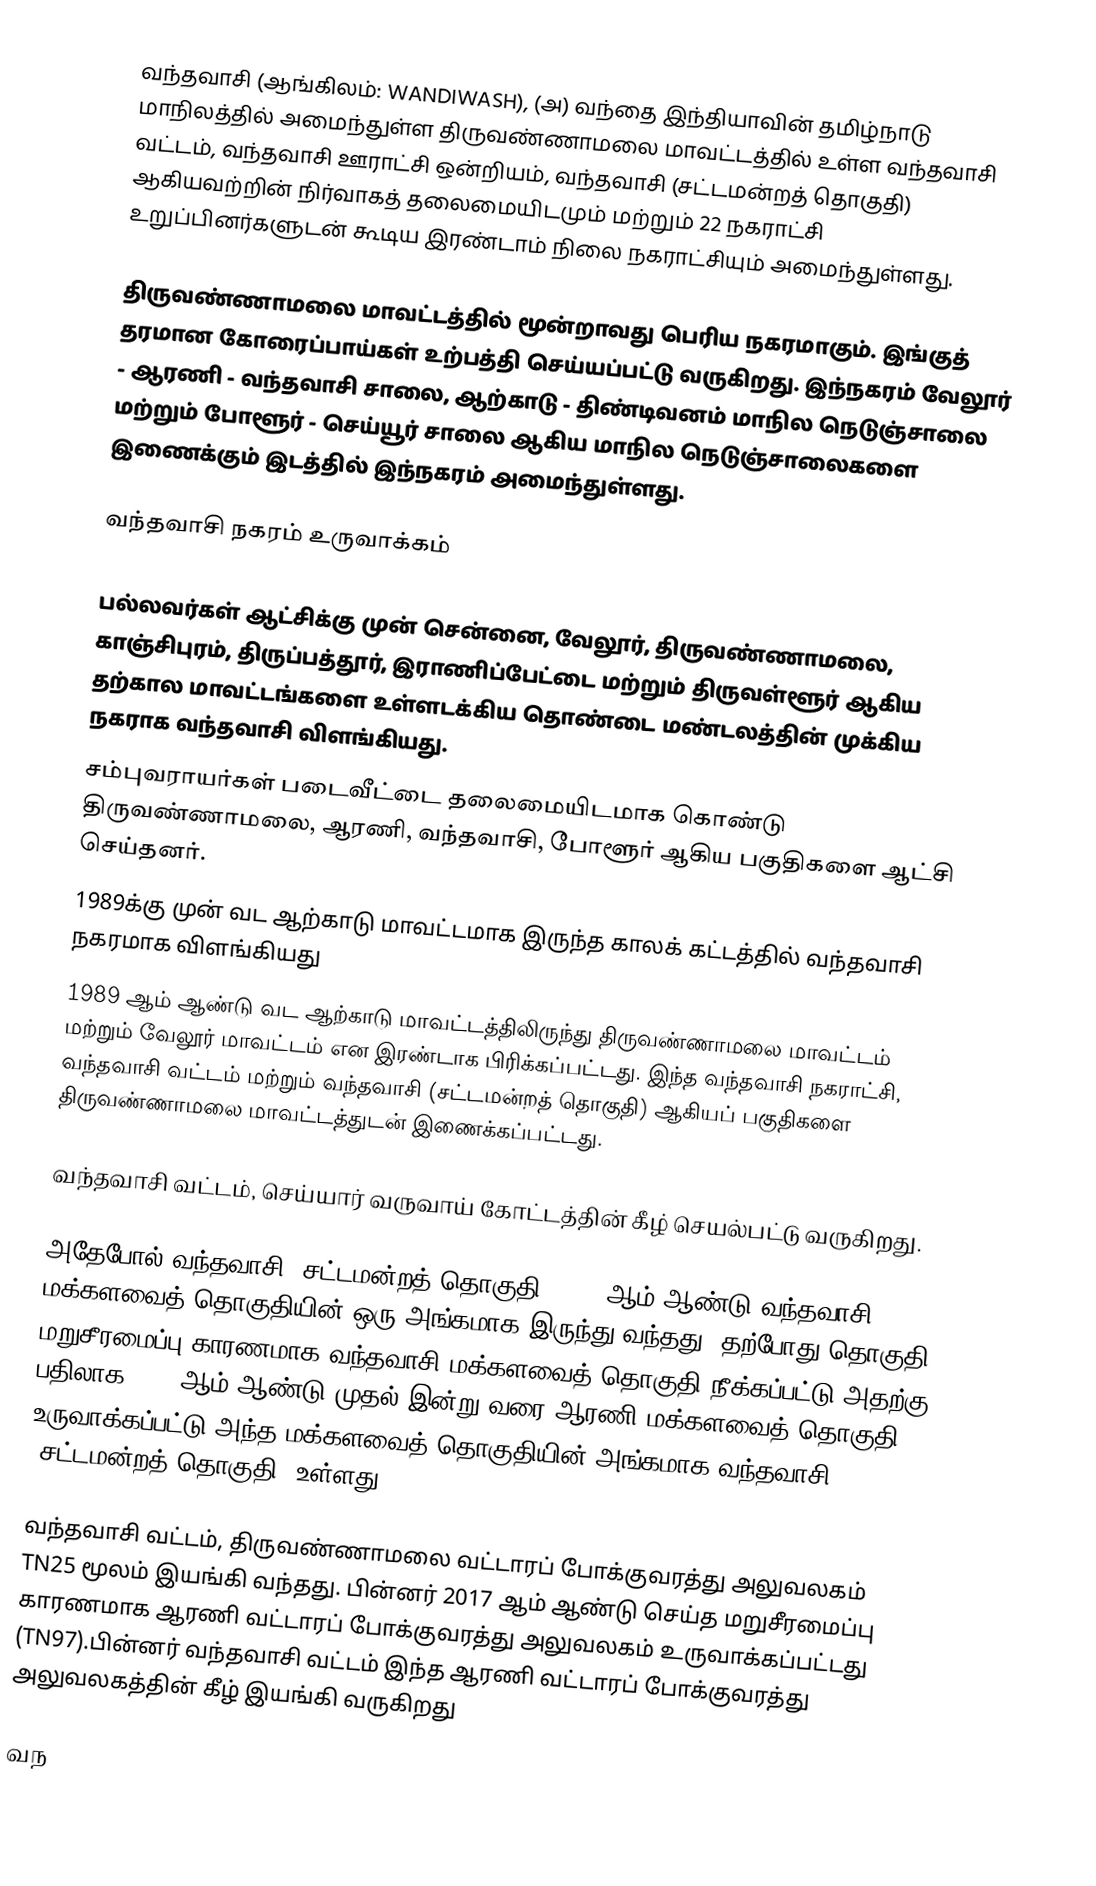
வந்தவாசி (ஆங்கிலம்: WANDIWASH), (அ) வந்தை இந்தியாவின் தமிழ்நாடு மாநிலத்தில் அமைந்துள்ள திருவண்ணாமலை மாவட்டத்தில் உள்ள வந்தவாசி வட்டம், வந்தவாசி ஊராட்சி ஒன்றியம், வந்தவாசி (சட்டமன்றத் தொகுதி) ஆகியவற்றின் நிர்வாகத் தலைமையிடமும் மற்றும் 22 நகராட்சி உறுப்பினர்களுடன் கூடிய இரண்டாம் நிலை நகராட்சியும் அமைந்துள்ளது.

திருவண்ணாமலை மாவட்டத்தில் மூன்றாவது பெரிய நகரமாகும். இங்குத் தரமான கோரைப்பாய்கள் உற்பத்தி செய்யப்பட்டு வருகிறது. இந்நகரம் வேலூர் - ஆரணி - வந்தவாசி சாலை, ஆற்காடு - திண்டிவனம் மாநில நெடுஞ்சாலை மற்றும் போளூர் - செய்யூர் சாலை ஆகிய மாநில நெடுஞ்சாலைகளை இணைக்கும் இடத்தில் இந்நகரம் அமைந்துள்ளது.

வந்தவாசி நகரம் உருவாக்கம்

 பல்லவர்கள் ஆட்சிக்கு முன் சென்னை, வேலூர், திருவண்ணாமலை, காஞ்சிபுரம், திருப்பத்தூர், இராணிப்பேட்டை மற்றும் திருவள்ளூர் ஆகிய தற்கால மாவட்டங்களை உள்ளடக்கிய தொண்டை மண்டலத்தின் முக்கிய நகராக வந்தவாசி விளங்கியது.
 சம்புவராயர்கள் படைவீட்டை தலைமையிடமாக கொண்டு திருவண்ணாமலை, ஆரணி, வந்தவாசி, போளூர் ஆகிய பகுதிகளை ஆட்சி செய்தனர்.
 1989க்கு முன் வட ஆற்காடு மாவட்டமாக இருந்த காலக் கட்டத்தில் வந்தவாசி நகரமாக விளங்கியது
 1989 ஆம் ஆண்டு வட ஆற்காடு மாவட்டத்திலிருந்து திருவண்ணாமலை மாவட்டம் மற்றும் வேலூர் மாவட்டம் என இரண்டாக பிரிக்கப்பட்டது. இந்த வந்தவாசி நகராட்சி, வந்தவாசி வட்டம் மற்றும் வந்தவாசி (சட்டமன்றத் தொகுதி) ஆகியப் பகுதிகளை திருவண்ணாமலை மாவட்டத்துடன் இணைக்கப்பட்டது.

 வந்தவாசி வட்டம், செய்யார் வருவாய் கோட்டத்தின் கீழ் செயல்பட்டு வருகிறது.

 அதேபோல் வந்தவாசி (சட்டமன்றத் தொகுதி) 2007 ஆம் ஆண்டு வந்தவாசி மக்களவைத் தொகுதியின் ஒரு அங்கமாக இருந்து வந்தது. தற்போது தொகுதி மறுசீரமைப்பு காரணமாக வந்தவாசி மக்களவைத் தொகுதி நீக்கப்பட்டு அதற்கு பதிலாக 2008 ஆம் ஆண்டு முதல் இன்று வரை ஆரணி மக்களவைத் தொகுதி உருவாக்கப்பட்டு அந்த மக்களவைத் தொகுதியின் அங்கமாக வந்தவாசி (சட்டமன்றத் தொகுதி) உள்ளது.

 வந்தவாசி வட்டம், திருவண்ணாமலை வட்டாரப் போக்குவரத்து அலுவலகம் TN25 மூலம் இயங்கி வந்தது. பின்னர் 2017 ஆம் ஆண்டு செய்த மறுசீரமைப்பு காரணமாக ஆரணி வட்டாரப் போக்குவரத்து அலுவலகம் உருவாக்கப்பட்டது (TN97).பின்னர் வந்தவாசி வட்டம் இந்த ஆரணி வட்டாரப் போக்குவரத்து அலுவலகத்தின் கீழ் இயங்கி வருகிறது

 வந